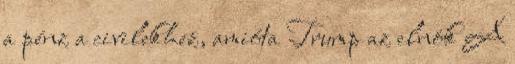
a pénz a civilekhez, amióta Trump az elnök A